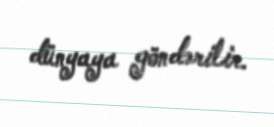
dünyaya göndərilir.